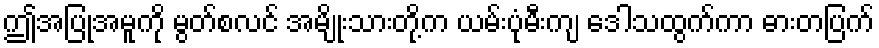
ဤအပြုအမူကို မွတ်စလင် အမျိုးသားတို့က ယမ်းပုံမီးကျ ဒေါသထွက်ကာ ဓားတပြက်